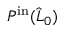
P ^ { \mathrm { i n } } ( \widehat { L } _ { 0 } )